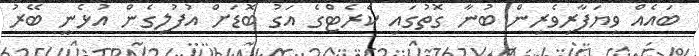
ބައެއް ވިޔަފާރިވެރިން ބުނާ ގޮތުގައި ކެރެޓްގެ އަގު ބޮޑަށް އުފުލިގެން އުޅެނީ ބޭރު